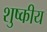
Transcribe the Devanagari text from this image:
शुष्कीय